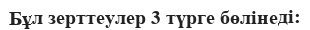
Бұл зерттеулер 3 түрге бөлінеді: